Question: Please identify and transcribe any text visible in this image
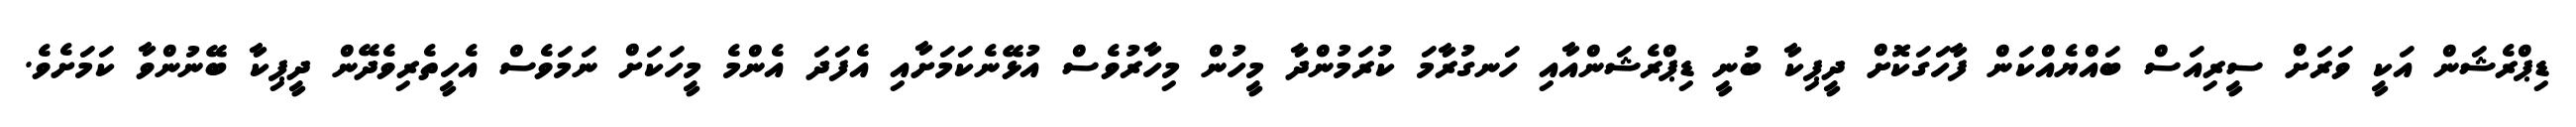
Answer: ޑިޕްރެޝަން އަކީ ވަރަށް ސީރިއަސް ބައްޔެއްކަން ފާހަގަކޮށް ދީޕިކާ ބުނީ ޑިޕްރެޝަންއާއި ހަނގުރާމަ ކުރަމުންދާ މީހުން މިހާރުވެސް އުޅޭނެކަމަށާއި އެފަދަ އެންމެ މީހަކަށް ނަމަވެސް އެހީތެރިވެދޭން ދީޕިކާ ބޭނުންވާ ކަމަށެވެ.